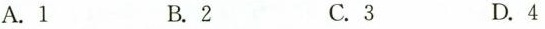
A.1 B.2 C.3 D.4